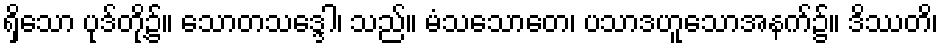
ရှိသော ပုဒ်တို့၌။ သောတသဒ္ဒေါ၊ သည်။ မံသသောတေ၊ ပသာဒဟူသောအနက်၌။ ဒိဿတိ၊